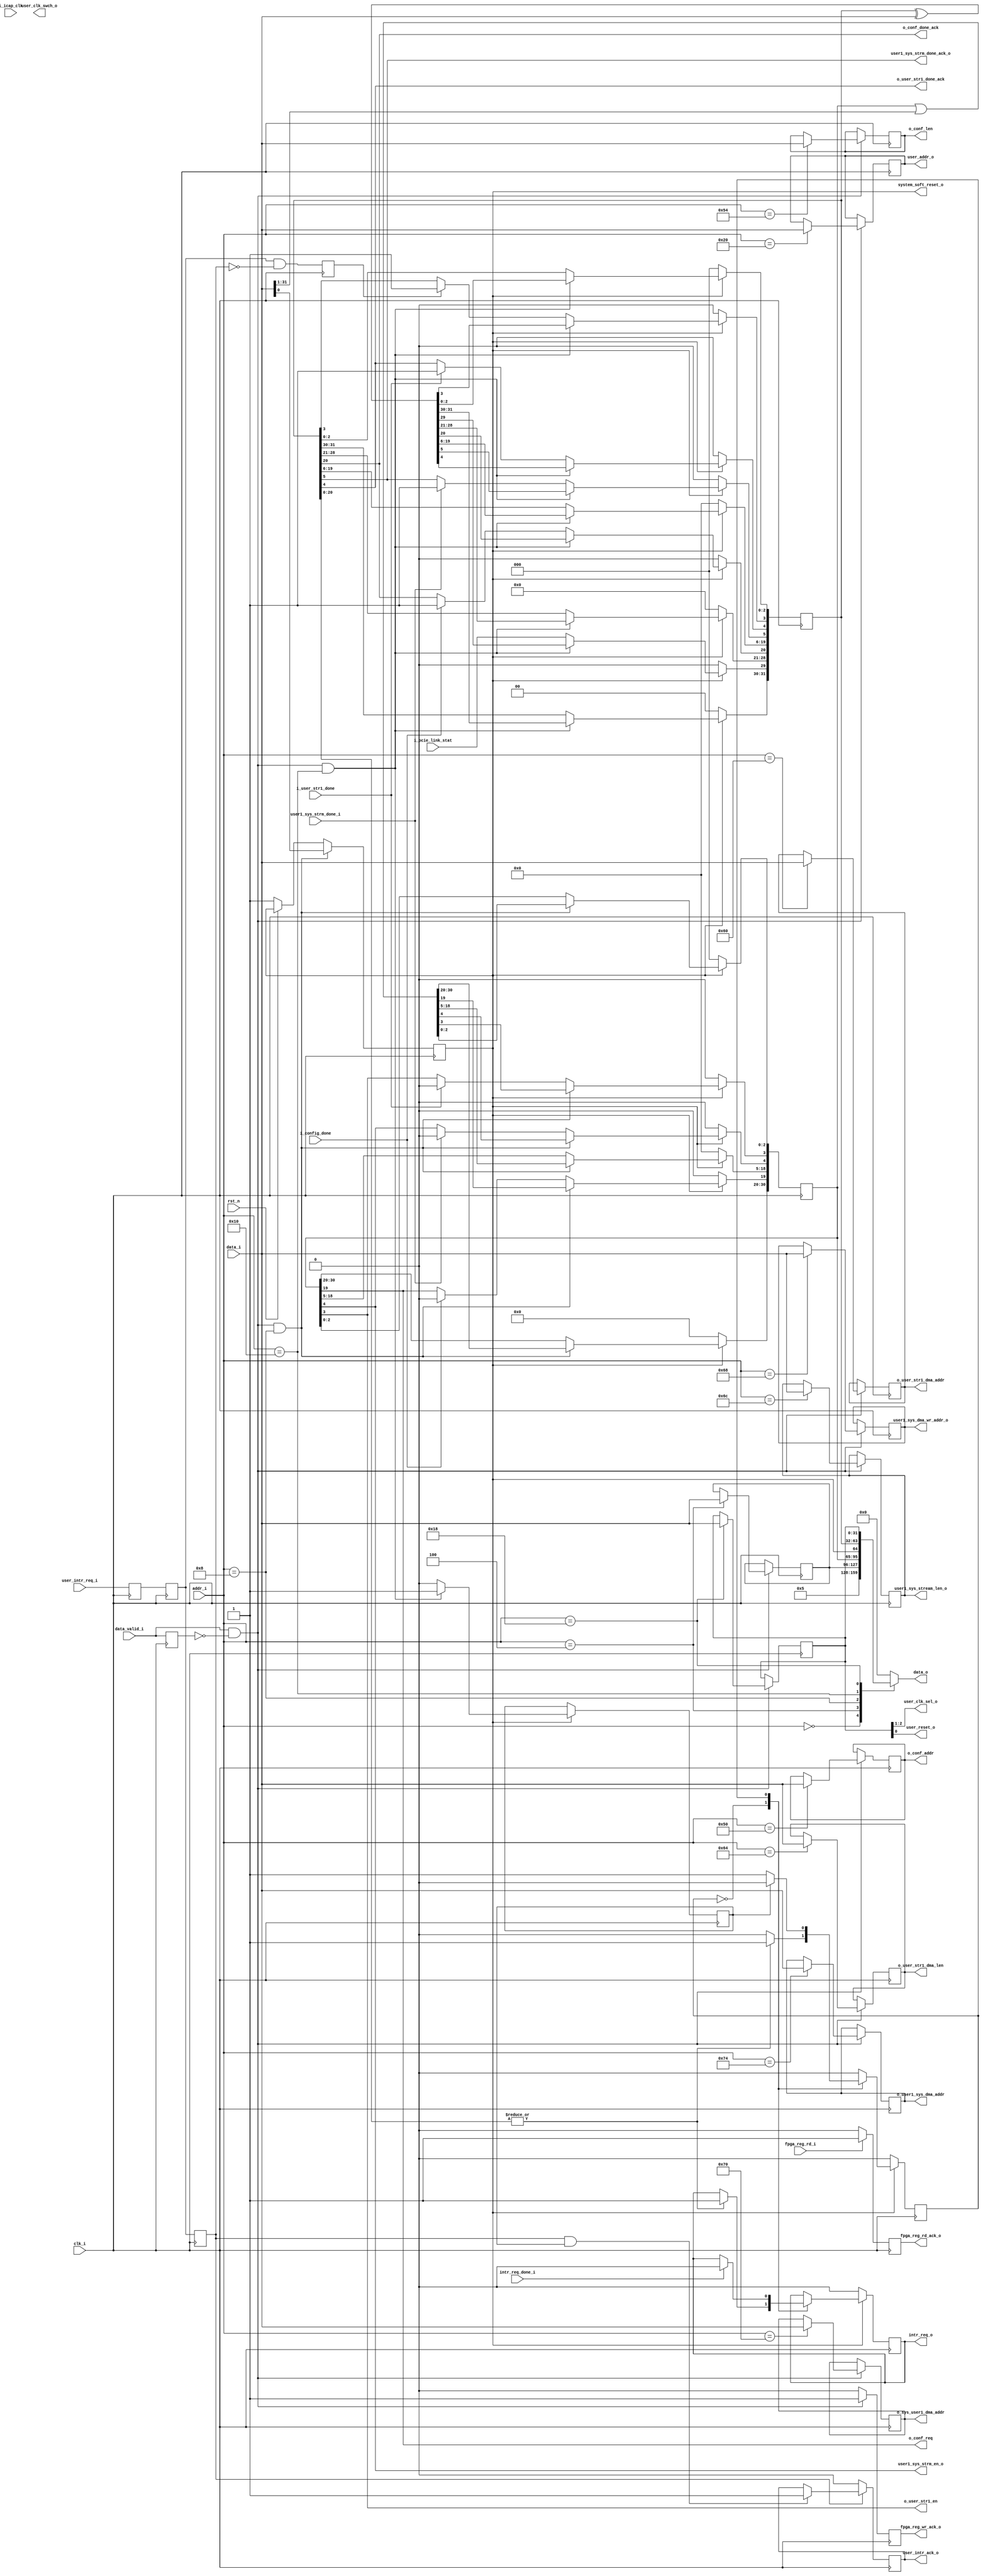
//--------------------------------------------------------------------------------
// Project    : SWITCH
// Version    : 0.1
//
// Description: Global register set
//
//--------------------------------------------------------------------------------

//Register address definition
`define VER                'h00      // Version
`define SCR                'h04      // Scratch pad
`define CTRL               'h08      // Control
//0C reserved
`define STA                'h10      // Status
`define EER_STAT           'h14      // Error Status register
`define UCTR               'h18      // User control register
`define USER_ADDR_REG      'h20      // Address register for indirect access
`define USER_DATA_REG      'h24      // Address register for indirect access
//50-5C Reserved
`define CONF_ADDR          'h50
`define CONF_LEN           'h54
`define PC_USER1_DMA_SYS   'h60      // System to user stream i/f 1 DMA, system memory address
`define PC_USER1_DMA_LEN   'h64      // System to user stream i/f 1 DMA, length (bytes)
`define USER1_PC_DMA_SYS   'h68      // User stream i/f 1 to system DMA, system memory address
`define USER1_PC_DMA_LEN   'h6C      // User stream i/f 1 to system DMA, length (bytes)
`define PC_USER1_DMA_USR   'h70
`define USER1_PC_DMA_USR   'h74


module reg_file(
 input                clk_i,                     // 250Mhz clock from PCIe core
 input                rst_n,                     // Active low reset
 //Rx engine
 input      [9:0]     addr_i,                    // Register address
 input      [31:0]    data_i,                    // Register write data
 input                data_valid_i,              // Register write data valid
 output               fpga_reg_wr_ack_o,         // Register write ack
 input                fpga_reg_rd_i,             // Register read request
 output reg           fpga_reg_rd_ack_o,         // Register read ack
 output reg [31:0]    data_o,                    // Register read data
 //To user pcie stream controllers
 //PSG-1
 output               o_user_str1_en,            // Enable signal to the system to user stream i/f 1 controller
 input                i_user_str1_done,          // Stream done signal
 output               o_user_str1_done_ack,      // Ack the done signal. Needed since status register is accessed by both PC and FPGA. So should not miss the done.
 output [31:0]        o_user_str1_dma_addr,      // System memory start address for streaming data
 output [31:0]        o_user_str1_dma_len,       // Length of streaming operation (bytes)
 output               user1_sys_strm_en_o,       // Enable signal to the user stream i/f 1 to system controller
 output [31:0]        user1_sys_dma_wr_addr_o,   // System memory address for DMA operation
 output [31:0]        user1_sys_stream_len_o,    // Stream length for DMA
 input                user1_sys_strm_done_i,     // Stream done signal
 output               user1_sys_strm_done_ack_o, // Ack the done due to multiple STAT reg access.
 output [31:0]        o_sys_user1_dma_addr,
 output [31:0]        o_user1_sys_dma_addr,

 //config control
 input                i_icap_clk,
 output [31:0]        o_conf_addr,
 output [31:0]        o_conf_len,
 output               o_conf_req,
 input                i_config_done,
 output               o_conf_done_ack,
 //clock control
 output reg           user_clk_swch_o,
 output [1:0]         user_clk_sel_o,
 //interrupt
 output reg           intr_req_o,                // Interrupt request to Tx engine
 input                intr_req_done_i,           // Interrupt done ack from Tx engine
 input                user_intr_req_i,           // User interrupt request
 output reg           user_intr_ack_o,           // Interrupt ack to user logic
 //Misc
 output               user_reset_o,              // User soft reset
 output [31:0]        user_addr_o,               // User address for indirect access
 output               system_soft_reset_o,       // Complete system soft reset
 //link status
 input                i_pcie_link_stat
 
 );
 
 parameter  VER = 32'h00000005;                   // Present Version Number. 16 bit major version and 16 bit minor version

 //Interrupt state machine state variables.
 localparam INTR_IDLE =  'd0,
            WAIT_ACK  =  'd1;

//The global register set in the address of address
reg [31:0] SCR_PAD;                              
reg [31:0] CTRL_REG;
reg [31:0] STAT_REG;
reg [31:0] USR_CTRL_REG;  
reg [31:0] PC_USER1_DMA_SYS;
reg [31:0] PC_USER1_DMA_LEN;
reg [31:0] USER1_PC_DMA_SYS;
reg [31:0] USER1_PC_DMA_LEN;
reg [31:0] PC_USER1_DMA_USR;
reg [31:0] USER1_PC_DMA_USR;
reg [31:0] CONF_ADDR;
reg [31:0] CONF_LEN;
reg [31:0] USER_ADDR_REG;
  

//local registers

reg        fpga_reg_wr_ack;
reg        intr_state;
reg        processor_clr_intr;
wire       intr_pending;
reg        data_valid_p;
wire       data_valid_r;
reg  [1:0] prev_user_clk; 
reg        user_clk_swtch_done; 
reg        user_clk_swch_p; 
reg        user_swtch_clk; 
reg        user_swtch_clk_p; 
reg        user_intr_req;
reg        user_intr_req_p;
reg        user_intr_req_p1;
reg        user_intr_req_p2;

assign  system_soft_reset_o       = CTRL_REG[0];

assign  o_user_str1_en            = CTRL_REG[4];
assign  o_user_str1_done_ack      = STAT_REG[4];
assign  o_user_str1_dma_addr      = PC_USER1_DMA_SYS;
assign  o_user_str1_dma_len       = PC_USER1_DMA_LEN;
assign  user1_sys_strm_en_o       = CTRL_REG[5];
assign  user1_sys_strm_done_ack_o = STAT_REG[5];
assign  user1_sys_dma_wr_addr_o   = USER1_PC_DMA_SYS;
assign  user1_sys_stream_len_o    = USER1_PC_DMA_LEN;
assign  o_sys_user1_dma_addr      = PC_USER1_DMA_USR;
assign  o_user1_sys_dma_addr      = USER1_PC_DMA_USR;

assign  user_clk_sel_o           = USR_CTRL_REG[2:1];

assign  o_conf_addr              = CONF_ADDR;
assign  o_conf_len               = CONF_LEN;
assign  o_conf_req               = CTRL_REG[20];
assign  o_conf_done_ack          = STAT_REG[20];
assign  user_reset_o             = USR_CTRL_REG[0];
assign  fpga_reg_wr_ack_o        = fpga_reg_wr_ack;
assign  intr_pending             = |STAT_REG[20:0];
assign  data_valid_r             = data_valid_i & ~data_valid_p;

assign  user_addr_o              = USER_ADDR_REG;


always @(posedge clk_i)
begin
    data_valid_p <= data_valid_i;
end	 

// Read register data based on address. Registers for user stream interface are kept as write only so that
// when unused those are automatically optimised by the tool
always @(*)
begin
    case(addr_i)
        `VER:begin
            data_o  <=    VER;
        end
        `SCR:begin
            data_o  <=    SCR_PAD;
        end
        `CTRL:begin
            data_o  <=    CTRL_REG;
        end  
        `STA:begin
            data_o  <=    STAT_REG;
        end
        `UCTR:begin
            data_o  <=    USR_CTRL_REG;
        end   
        default:begin
            data_o  <=    0;
        end
    endcase
end

// Write to global registers based on address and data valid and ack
always @(posedge clk_i)
begin
    fpga_reg_wr_ack              <=   1'b0;  
    if(data_valid_r)
    begin
        fpga_reg_wr_ack   <=   1'b1;
        case(addr_i)
            `SCR:begin
                SCR_PAD  <=   data_i;
            end
            `UCTR:begin
                USR_CTRL_REG      <=   data_i;
            end
            `USER_ADDR_REG:begin
                USER_ADDR_REG    <=    data_i;
            end
            `PC_USER1_DMA_SYS:begin
                PC_USER1_DMA_SYS   <=   data_i;
            end
            `PC_USER1_DMA_LEN:begin
                PC_USER1_DMA_LEN  <=   data_i;
            end
            `USER1_PC_DMA_SYS:begin
                USER1_PC_DMA_SYS  <= data_i;
            end
            `USER1_PC_DMA_LEN:begin
                USER1_PC_DMA_LEN  <= data_i;
            end
	    `PC_USER1_DMA_USR:begin
		PC_USER1_DMA_USR <= data_i;
	    end
            `USER1_PC_DMA_USR:begin			 
                 USER1_PC_DMA_USR  <=  data_i;
	    end	  					
            `CONF_ADDR:begin
                CONF_ADDR  <=  data_i;
            end    
            `CONF_LEN:begin
                CONF_LEN  <=  data_i;
            end
            default:begin
                fpga_reg_wr_ack   <=   1'b1;				
            end				
        endcase
    end
end

//Synchronizer
always @(posedge clk_i)
begin
   user_intr_req_p <= user_intr_req_i;
   user_intr_req_p1 <= user_intr_req_p;
   user_intr_req_p2 <= user_intr_req_p1;
   user_intr_req    <= user_intr_req_p1 & !user_intr_req_p2;
end


//If the read register is not PIO register, ack immediately, else wait until data arrives from DDR
//Address bit 9 is to partiall decode the System monitor address. Be careful when modify the address
//due to this
always @(posedge clk_i)
begin
    if(fpga_reg_rd_i)
        fpga_reg_rd_ack_o    <=   1'b1;
    else 
        fpga_reg_rd_ack_o    <=   1'b0;
end

//control register updates
always @(posedge clk_i)
begin
    if(!system_soft_reset_o)
	 begin
	   CTRL_REG[31:1]  <=  31'b0;
	 end
	 else
	 begin
		if(data_valid_r & (addr_i == `CTRL))
		begin
        CTRL_REG[31:1] <=    CTRL_REG[31:1]|data_i[31:1];   //Internall ored to keep the previously set bits  
		end
		else
		begin            
        if(i_user_str1_done)
            CTRL_REG[4] <=    1'b0; 
        if(user1_sys_strm_done_i) 
            CTRL_REG[5] <=    1'b0;  
        if(i_config_done)
            CTRL_REG[20] <=    1'b0;            
		end 
	 end	
end

always @(posedge clk_i)
begin
    if(!rst_n)
    begin
       CTRL_REG[0]          <= 1'b1;    
    end
    if(data_valid_r & (addr_i == `CTRL))
    begin
	   CTRL_REG[0]    <=    data_i[0];
	 end
end


initial
begin
    STAT_REG             <= 32'd0;
    processor_clr_intr   <= 1'b0;
end


//status register updates
always @(posedge clk_i)
begin
    if(!system_soft_reset_o)
	 begin
	   STAT_REG  <=  32'h0;
	 end
	 else
	 begin
		processor_clr_intr   <= 1'b0;
		STAT_REG[29]         <= i_pcie_link_stat;
		if(data_valid_r & (addr_i == `STA))
		begin
            STAT_REG[31:0]     <=   STAT_REG[31:0]^data_i[31:0];
            processor_clr_intr <=   1'b1;
		end
		else
		begin
            if(user_intr_req)
                STAT_REG[3] <=    1'b1;
            if(i_user_str1_done)
                STAT_REG[4] <=    1'b1; 
            if(user1_sys_strm_done_i) 
                STAT_REG[5] <=    1'b1; 
            if(i_config_done)
                STAT_REG[20] <=    1'b1;             
		end
	 end	
end

always @(posedge clk_i)
begin
    if(!user_intr_req_p2)
        user_intr_ack_o    <=    1'b0;
    else if(user_intr_req_p2 & processor_clr_intr)
        user_intr_ack_o    <=    1'b1;
end

always @(posedge clk_i)
begin
    if(prev_user_clk != USR_CTRL_REG[2:1])
	     user_swtch_clk  <=  1'b1;
	 else if(user_clk_swtch_done)
	     user_swtch_clk  <=  1'b0;
  
	prev_user_clk   <=  USR_CTRL_REG[2:1];
	
	user_clk_swch_p <=  user_clk_swch_o;
	user_clk_swtch_done <=  user_clk_swch_p;
end

//Interrupt control state machine. This is to make sure that the host PC doesn't miss any interrupt signal
//Once an interrupt is issued, the state machine waits until the host write into the status register indicating
//that it has received the interrupt.

initial
begin
    intr_state  <=  INTR_IDLE;
    intr_req_o  <=  1'b0;
end

always @(posedge clk_i)
begin
    if(!system_soft_reset_o)
    begin
        intr_state  <=  INTR_IDLE;
        intr_req_o  <=  1'b0;
    end
    else
    begin
	   case(intr_state)
	        INTR_IDLE:begin
		       if(intr_pending)
			   begin
			      intr_req_o   <=   1'b1;
				  intr_state   <=  WAIT_ACK;
			   end
		    end
		    WAIT_ACK:begin
		       if(intr_req_done_i)
			       intr_req_o   <=   1'b0;
			   if(processor_clr_intr)
                    intr_state    <=    INTR_IDLE;					 
		    end
	   endcase
	end   
end

endmodule